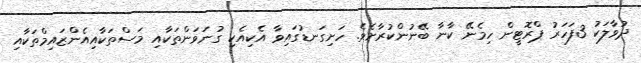
ދުވާލަކު 3ފަހަރު ޕްރޮޓީން ހިމެނޭ ކާނާ ބޭނުންކުރާށެވެ. ހަށިގަނޑުގައިވާ އެކިއެކި ގުނަވަންތަކާއި މަސްތަކާއިއެންޒައިމްތަކާއި